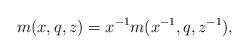
LaTeX: \begin{align*} m(x,q,z)=x^{-1} m(x^{-1}, q, z^{-1}),\end{align*}